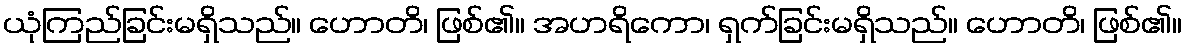
ယုံကြည်ခြင်းမရှိသည်။ ဟောတိ၊ ဖြစ်၏။ အဟရိကော၊ ရှက်ခြင်းမရှိသည်။ ဟောတိ၊ ဖြစ်၏။